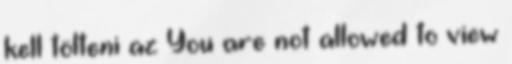
kell tölteni az You are not allowed to view